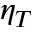
\eta _ { T }